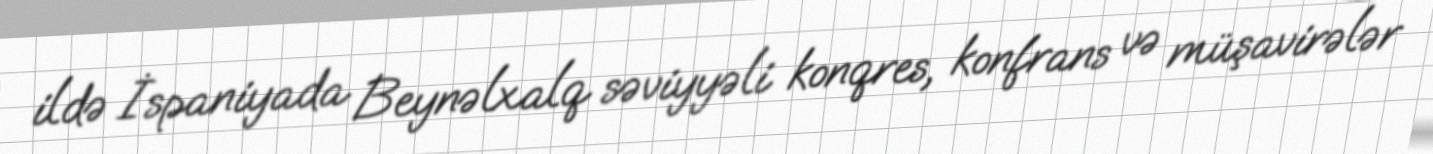
ildə İspaniyada Beynəlxalq səviyyəli konqres, konfrans və müşavirələr